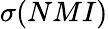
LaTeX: \sigma(NMI)